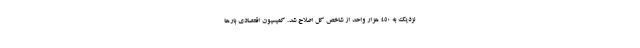
نزدیک به ۴۵۰ هزار واحد از شاخص کل اصلاح شد. کمیسیون اقتصادی بارها